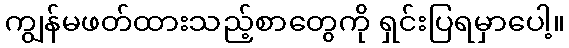
ကျွန်မဖတ်ထားသည့်စာတွေကို ရှင်းပြရမှာပေါ့။